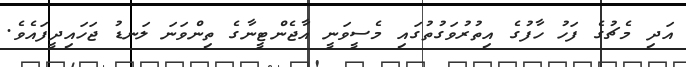
އަދި މެޗުގެ ފަހު ހާފުގެ އިތުރުވަގުތުގައި މެސީވަނީ އާޖެންޓީނާގެ ތިންވަނަ ލަނޑު ޖަހައިދީފައެވެ.